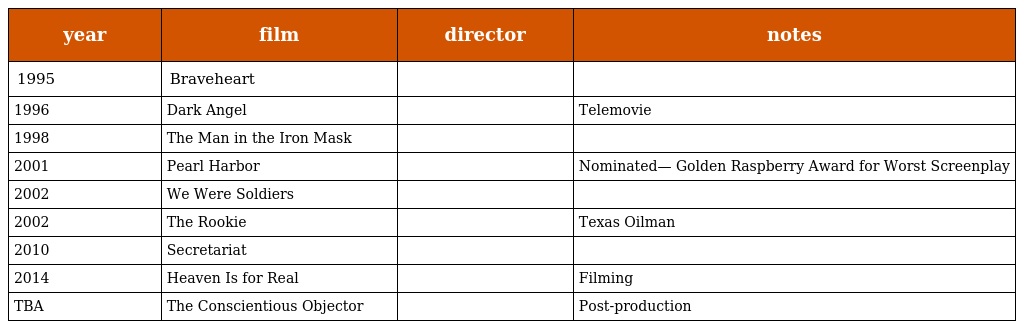
| year | film | director | notes |
 | --- | --- | --- | --- |
 | 1995 | Braveheart |  |  |
 | 1996 | Dark Angel |  | Telemovie |
 | 1998 | The Man in the Iron Mask |  |  |
 | 2001 | Pearl Harbor |  | Nominated— Golden Raspberry Award for Worst Screenplay |
 | 2002 | We Were Soldiers |  |  |
 | 2002 | The Rookie |  | Texas Oilman |
 | 2010 | Secretariat |  |  |
 | 2014 | Heaven Is for Real |  | Filming |
 | TBA | The Conscientious Objector |  | Post-production |